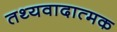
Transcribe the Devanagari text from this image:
तथ्यवादात्मक